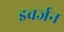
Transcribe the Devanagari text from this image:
इवर्जन